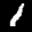
Label: 1